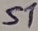
Text: S1